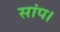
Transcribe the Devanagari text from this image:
सांप।